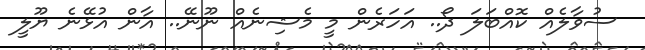
ސުވާލެއް ކޮއްބަލަ ދޯ.. އަހަރެން މީ މެޝިނެއް ނޫނޭ.. އާން އުޅޭނެ ޔޫލީ